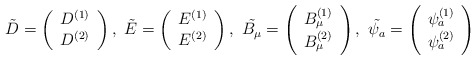
\begin{align*}\tilde{D}=\left( \begin{array}{c}D^{(1)} \\ D^{(2)}\end{array}\right),~\tilde{E}=\left( \begin{array}{c}E^{(1)} \\ E^{(2)}\end{array}\right),~\tilde{B_\mu}=\left( \begin{array}{c}B^{(1)}_\mu \\ B^{(2)}_\mu\end{array}\right),~\tilde{\psi_a}=\left( \begin{array}{c}\psi^{(1)}_a \\ \psi^{(2)}_a\end{array}\right)\end{align*}